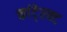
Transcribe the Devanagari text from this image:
कांटे्रक्ट